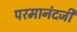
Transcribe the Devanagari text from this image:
परमानंदजी